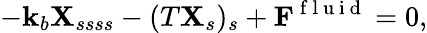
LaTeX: -\mathbf{k}_{b}{\mathbf{{X}}}_{ssss}-(T{\mathbf{{X}}}_{s})_{s}+\mathbf{{F}}^{\mathrm{{~f~l~u~i~d~}}}=0,